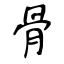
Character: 骨